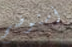
أستوضح